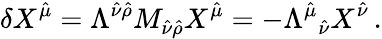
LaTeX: \delta X^{\hat{\mu}}=\Lambda^{\hat{\nu}\hat{\rho}}M_{\hat{\nu}\hat{\rho}}X^{\hat{\mu}}=-\Lambda^{\hat{\mu}}{}_{\hat{\nu}}X^{\hat{\nu}}\, .